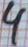
Text: 4